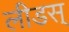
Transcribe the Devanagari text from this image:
लीडस्